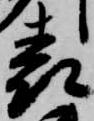
表